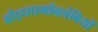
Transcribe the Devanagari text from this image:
बौद्धधर्मावलंबियों